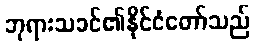
ဘုရားသခင်၏နိုင်ငံတော်သည်